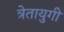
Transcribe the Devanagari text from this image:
त्रेतायुगी